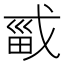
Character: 𫻾